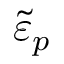
\tilde { \varepsilon } _ { p }